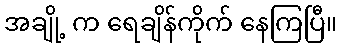
အချို့ က ရေချိန်ကိုက် နေကြပြီ။